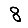
Digit: 8